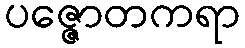
ပဇ္ဇောတကရာ